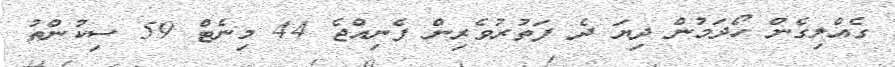
ގެއްލިގެން ހޯދަމުން ދިޔަ ދެ ފަތުރުވެރިން ފެނިއްޖެ 44 މިނެޓް 59 ސިކުންތު